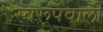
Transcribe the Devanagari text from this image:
स्वरूपवाली